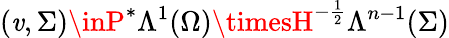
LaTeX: (\mathit{v},\Sigma)\inP^{\ast}\Lambda^{1}(\Omega)\timesH^{-\frac{{1}}{{2}}}\Lambda^{n-1}(\Sigma)